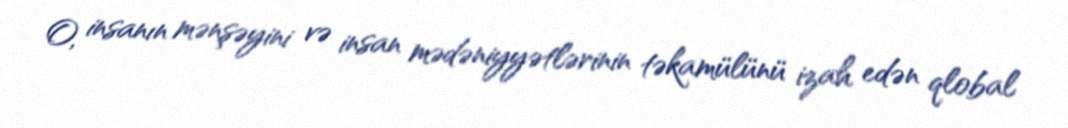
O, insanın mənşəyini və insan mədəniyyətlərinin təkamülünü izah edən qlobal